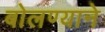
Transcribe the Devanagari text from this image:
बोलण्याने